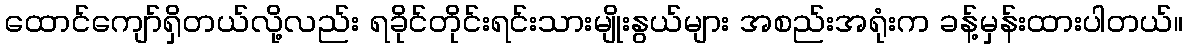
ထောင်ကျော်ရှိတယ်လို့လည်း ရခိုင်တိုင်းရင်းသားမျိုးနွယ်များ အစည်းအရုံးက ခန့်မှန်းထားပါတယ်။